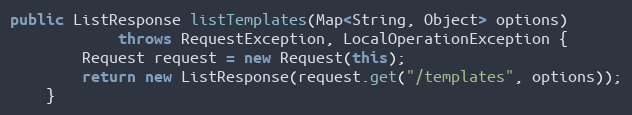
Language: Java
public ListResponse listTemplates(Map<String, Object> options)
            throws RequestException, LocalOperationException {
        Request request = new Request(this);
        return new ListResponse(request.get("/templates", options));
    }